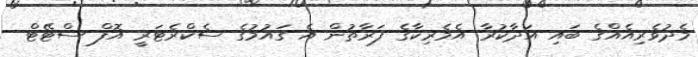
މެދުވެރިއެއްގެ ބައި އަދާކުރާ އެމެރިކާގެ ފަރާތުން އެ ގައުމުގެ ސެކްރެޓަރީ އޮފް ސްޓޭޓް